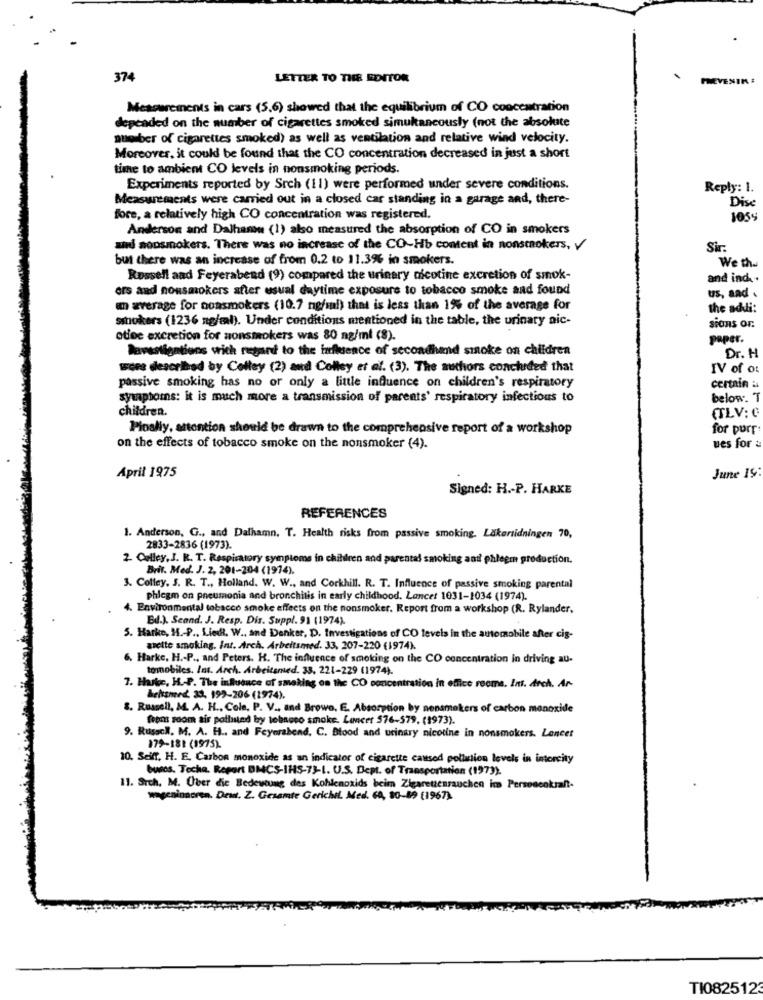
374
LETTER TO THE EDITOR
.
PREVENIR :
Measurements in cars (5.6) showed that the equilibrium of CO concentration
depended on the number of cigarettes smoked simukancously (not the absolute
number of cigarettes smoked) as well as ventilation and relative wind velocity.
Moreover, it could be found that the CO concentration decreased in just a short
time to ambient CO levels in nonsmoking periods.
Experiments reported by Srch (11) were performed under severe conditions.
Reply: 1.
Measurements were carried out in a closed car standing in a garage and, there-
Dise
fore, a relatively high CO concentration was registered.
1059
Anderson and Dalhamu (1) also measured the absorption of CO in smokers
and sonsmokers. There was no increase of the CO-Hb content in nonsmokers, y
Sir:
but there was an increase of from 0.2 to 11.3% in smokers.
We the
Russell aad Feyerabend (9) compared the urinary nicotine excretion of smok-
and ind ..
ors and nonsmokers after usual daytime exposure to tobacco smoke and found
us, and .
an average for nonsmokers (10.7 ng/ml) that is less than 1% of the average for
the addi:
smokers (1236 ng/ml). Under conditions mentioned in the table, the urinary aic-
SiORS OF
otec excretion for nonsmokers was 80 ng/ml (8).
paper.
Bavestigations with regard to the influence of secondhand smoke on children
Dr. H
wore described by Colley (2) and Colley et al. (3). The authors concluded that
IV of o:
passive smoking has no or only a little influence on children's respiratory
certain &
symptoms: it is much more a transmission of parents' respiratory infections to
below. T
children.
(TLV: C
Pinally, attention should be drawn to the comprehensive report of a workshop
for purr:
on the effects of tobacco smoke on the nonsmoker (4).
ues for &
April 1975
June IS:
Signed: H .- P. HARKE
REFERENCES
1. Anderson, G ., and Dalhamn. T. Health risks from passive smoking. Läkartidningen 70,
2833-2836 (1973).
2. Celley, J. R. T. Respiratory symptoms in children and parental smoking anti phlegm production.
Brit. Med. J. 2, 201-204 (1974).
3. Colley, S. R. T ., Holland. W. W ., and Corkhill. R. T. Influence of passive smoking parental
phlegm on pneumonia and bronchitis in early childhood. Lancet 1031-1034 (1974).
4. Environmental tobacco smoke effects on the nonsmoker. Report from a workshop (R. Rylander,
Bil.). Seand. J. Resp. Dis. Suppl. 91 (1974).
5. Harke, H .- P ., Lie, W ., and Denker, D. Investigations of CO levels in the automobile after cig-
asette smoking. Int. Arch. Arbeitsmed. 33, 207-220 (1974).
6. Harke, H .- P ., and Peters. H. The influence of smoking on the CO concentration in driving au-
tomobiles. Int. Arch. Arbeitsmed. 33, 221-229 (1974).
7. Harks, H .- P. The influence of smoking on the CO concentration in office rooms. Ins. Arch. Ar-
behismed. 33, 199-206 (1974).
8. Russell, M. A. H ., Cole, P. V ., and Browo, E. Absorption by nonsmokers of carbon monoxide
feen room air patlıstad by tobacco smoke. Lancet 576-579. (1973).
9. Russcl. M. A. H ., and Feyerabend, C. Dfood and urinary nicotine in nonsmokers. Lancet
179-181 (1975).
10. Seilf. H. E. Carbon monoxide as an indicator of cigarette caused pollution levels in intercity
buses. Toche. Report DMCS-IHS-73-1. U.S. Dept. of Transportation (1973).
11. Srch. M. Über die Bedeutung des Kohlenoxids beim Zigarettenrauchen im Personenkraft-
wegeninneren. Dew. Z. Gesamte Gerichil. Med. 60, 80-89 (1967)
TI082512